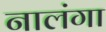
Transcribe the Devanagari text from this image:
नालंगा